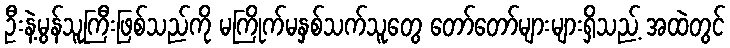
ဦးနဲ့မွန်သူကြီးဖြစ်သည်ကို မကြိုက်မနှစ်သက်သူတွေ တော်တော်များများရှိသည့် အထဲတွင်